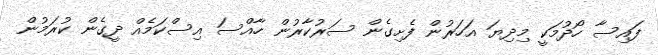
ފައިސާ ހޯދުމަކީ މިދިޔަ އަހަރުން ފެށިގެން ސަރުކާރުން ހާއްސަ އިސްކަމެއް ދީގެން ކުރަމުން